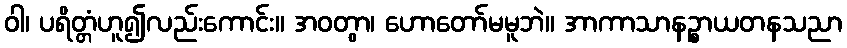
ဝါ၊ ပရိတ္တံဟူ၍လည်းကောင်း။ အဝတွာ၊ ဟောတော်မမူဘဲ။ အာကာသာနဉ္စာယတနသညာ